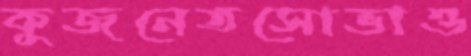
কুজনেতসোভাও